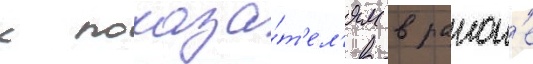
к показа́т'ел'ям в раион'е